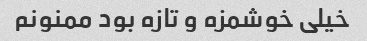
خیلی خوشمزه و تازه بود ممنونم